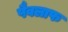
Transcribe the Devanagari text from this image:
पैवलाफ